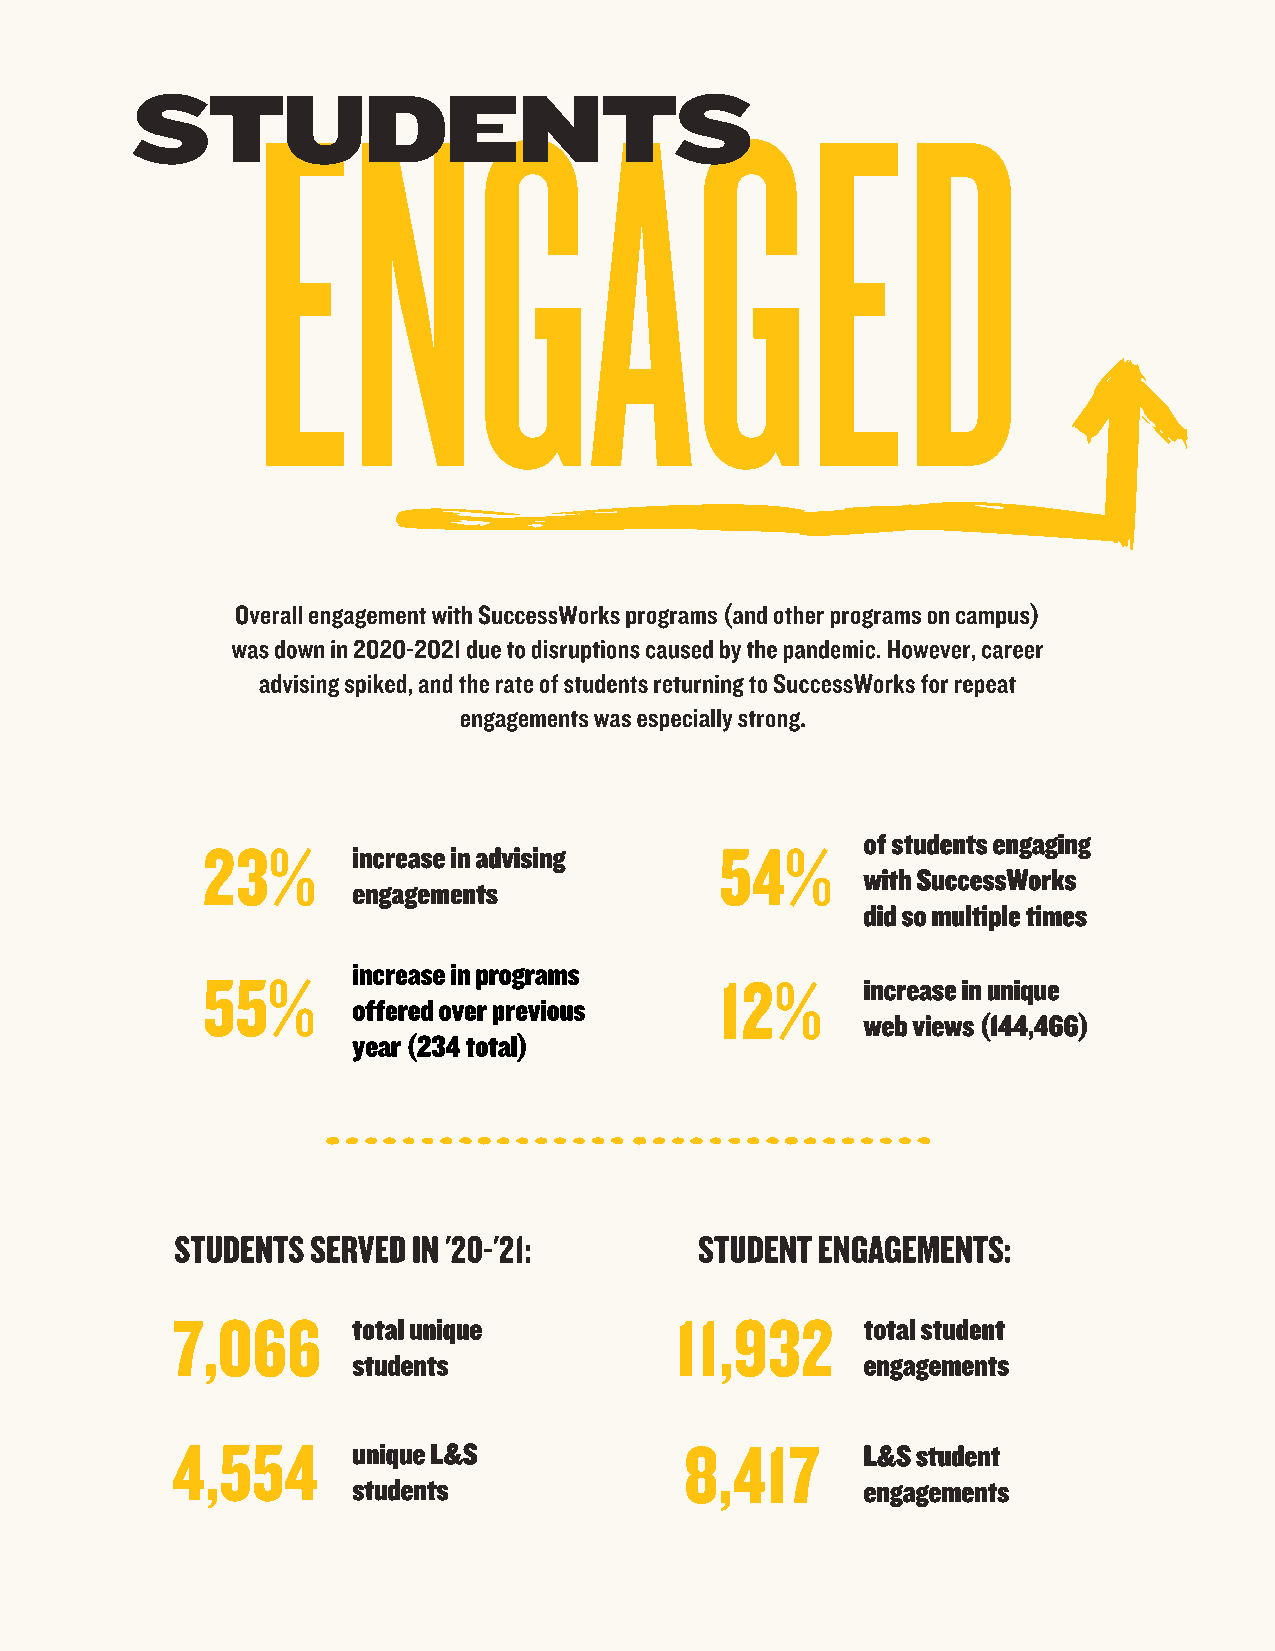
ENGAGED
 STUDENTS
 Overall engagement with SuccessWorks programs (and other programs on campus)
 was down in 2020-2021 due to disruptions caused by the pandemic. However, career
 advising spiked, and the rate of students returning to SuccessWorks for repeat
 engagements was especially strong.
 23%                                54%      of students engaging
 increase in advising
 with SuccessWorks
 engagements
 did so multiple times
 55%       increase in programs     12%
 increase in unique
 offered over previous
 web views (144,466)
 year (234 total)
 STUDENTS SERVED IN '20-'21:       STUDENT ENGAGEMENTS:
 7,066                             11,932
 total unique                      total student
 students                          engagements
 4,554                             8,417
 unique L&S                        L&S student
 students                          engagements